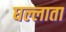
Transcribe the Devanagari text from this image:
घल्लाता